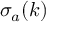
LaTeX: \sigma _ { a } ( k )